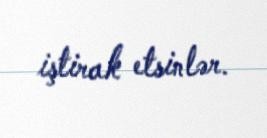
iştirak etsinlər.